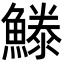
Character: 𩺭